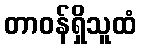
တာဝန်ရှိသူထံ